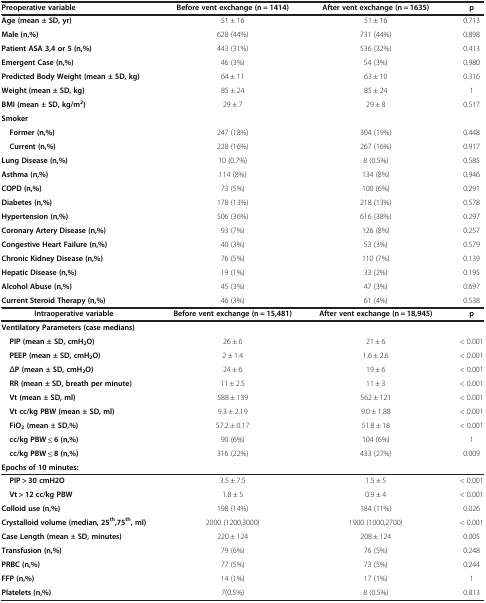
<table><thead><tr><td><b>Preoperative variable</b></td><td><b>Before vent exchange (n = 1414)</b></td><td><b>After vent exchange (n = 1635)</b></td><td><b>p</b></td></tr></thead><tbody><tr><td><b>Age (mean ± SD, yr)</b></td><td>51 ± 16</td><td>51 ± 16</td><td>0.713</td></tr><tr><td><b>Male (n,%)</b></td><td>628 (44%)</td><td>731 (44%)</td><td>0.898</td></tr><tr><td><b>Patient ASA 3,4 or 5 (n,%)</b></td><td>443 (31%)</td><td>536 (32%)</td><td>0.413</td></tr><tr><td><b>Emergent Case (n,%)</b></td><td>46 (3%)</td><td>54 (3%)</td><td>0.980</td></tr><tr><td><b>Predicted Body Weight (mean ± SD, kg)</b></td><td>64 ± 11</td><td>63 ± 10</td><td>0.316</td></tr><tr><td><b>Weight (mean ± SD, kg)</b></td><td>85 ± 24</td><td>85 ± 24</td><td>1</td></tr><tr><td><b>BMI (mean ± SD, kg/m</b><sup><b>2</b></sup><b>)</b></td><td>29 ± 7</td><td>29 ± 8</td><td>0.517</td></tr><tr><td><b>Smoker</b></td><td> </td><td> </td><td> </td></tr><tr><td><b> Former (n,%)</b></td><td>247 (18%)</td><td>304 (19%)</td><td>0.448</td></tr><tr><td><b> Current (n,%)</b></td><td>228 (16%)</td><td>267 (16%)</td><td>0.917</td></tr><tr><td><b>Lung Disease (n,%)</b></td><td>10 (0.7%)</td><td>8 (0.5%)</td><td>0.585</td></tr><tr><td><b>Asthma (n,%)</b></td><td>114 (8%)</td><td>134 (8%)</td><td>0.946</td></tr><tr><td><b>COPD (n,%)</b></td><td>73 (5%)</td><td>100 (6%)</td><td>0.291</td></tr><tr><td><b>Diabetes (n,%)</b></td><td>178 (13%)</td><td>218 (13%)</td><td>0.578</td></tr><tr><td><b>Hypertension (n,%)</b></td><td>506 (36%)</td><td>616 (38%)</td><td>0.297</td></tr><tr><td><b>Coronary Artery Disease (n,%)</b></td><td>93 (7%)</td><td>126 (8%)</td><td>0.257</td></tr><tr><td><b>Congestive Heart Failure (n,%)</b></td><td>40 (3%)</td><td>53 (3%)</td><td>0.579</td></tr><tr><td><b>Chronic Kidney Disease (n,%)</b></td><td>76 (5%)</td><td>110 (7%)</td><td>0.139</td></tr><tr><td><b>Hepatic Disease (n,%)</b></td><td>19 (1%)</td><td>33 (2%)</td><td>0.195</td></tr><tr><td><b>Alcohol Abuse (n,%)</b></td><td>45 (3%)</td><td>47 (3%)</td><td>0.697</td></tr><tr><td><b>Current Steroid Therapy (n,%)</b></td><td>46 (3%)</td><td>61 (4%)</td><td>0.538</td></tr><tr><td><b>Intraoperative variable</b></td><td><b>Before vent exchange (n = 15,481)</b></td><td><b>After vent exchange (n = 18,945)</b></td><td><b>p</b></td></tr><tr><td><b>Ventilatory Parameters (case medians)</b></td><td> </td><td> </td><td> </td></tr><tr><td><b> PIP (mean ± SD, cmH</b><sub><b>2</b></sub><b>O)</b></td><td>26 ± 6</td><td>21 ± 6</td><td>&lt; 0.001</td></tr><tr><td><b> PEEP (mean ± SD, cmH</b><sub><b>2</b></sub><b>O)</b></td><td>2 ± 1.4</td><td>1.6 ± 2.6</td><td>&lt; 0.001</td></tr><tr><td> Δ<b>P (mean ± SD, cmH</b><sub><b>2</b></sub><b>O)</b></td><td>24 ± 6</td><td>19 ± 6</td><td>&lt; 0.001</td></tr><tr><td><b> RR (mean ± SD, breath per minute)</b></td><td>11 ± 2.5</td><td>11 ± 3</td><td>&lt; 0.001</td></tr><tr><td><b> Vt (mean ± SD, ml)</b></td><td>588 ± 139</td><td>562 ± 121</td><td>&lt; 0.001</td></tr><tr><td><b> Vt cc/kg PBW (mean ± SD, ml)</b></td><td>9.3 ± 2.19</td><td>9.0 ± 1.88</td><td>&lt; 0.001</td></tr><tr><td><b> FiO</b><sub><b>2 </b></sub><b>(mean ± SD,%)</b></td><td>57.2 ± 0.17</td><td>51.8 ± 18</td><td>&lt; 0.001</td></tr><tr><td><b> cc/kg PBW ≤ 6 (n,%)</b></td><td>90 (6%)</td><td>104 (6%)</td><td>1</td></tr><tr><td><b> cc/kg PBW ≤ 8 (n,%)</b></td><td>316 (22%)</td><td>433 (27%)</td><td>0.009</td></tr><tr><td><b>Epochs of 10 minutes:</b></td><td> </td><td> </td><td> </td></tr><tr><td><b> PIP &gt; 30 cmH2O</b></td><td>3.5 ± 7.5</td><td>1.5 ± 5</td><td>&lt; 0.001</td></tr><tr><td><b> Vt &gt; 12 cc/kg PBW</b></td><td>1.8 ± 5</td><td>0.9 ± 4</td><td>&lt; 0.001</td></tr><tr><td><b>Colloid use (n,%)</b></td><td>198 (14%)</td><td>184 (11%)</td><td>0.026</td></tr><tr><td><b>Crystalloid volume (median, 25</b><sup><b>th</b></sup><b>,75</b><sup><b>th</b></sup><b>, ml)</b></td><td>2000 (1200,3000)</td><td>1900 (1000,2700)</td><td>&lt; 0.001</td></tr><tr><td><b>Case Length (mean ± SD, minutes)</b></td><td>220 ± 124</td><td>208 ± 124</td><td>0.005</td></tr><tr><td><b>Transfusion (n,%)</b></td><td>79 (6%)</td><td>76 (5%)</td><td>0.248</td></tr><tr><td><b>PRBC (n,%)</b></td><td>77 (5%)</td><td>73 (5%)</td><td>0.244</td></tr><tr><td><b>FFP (n,%)</b></td><td>14 (1%)</td><td>17 (1%)</td><td>1</td></tr><tr><td><b>Platelets (n,%)</b></td><td>7(0.5%)</td><td>8 (0.5%)</td><td>0.813</td></tr></tbody></table>